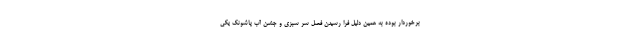
برخوردار بوده به همین دلیل فرا رسیدن فصل سر سبزی و جشن آب پاشونک یکی